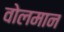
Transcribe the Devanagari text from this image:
वोलमान